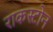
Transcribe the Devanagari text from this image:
राकस्टोन